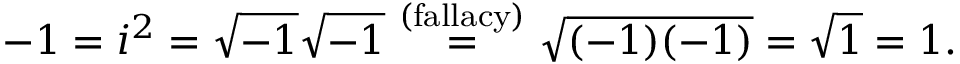
- 1 = i ^ { 2 } = { \sqrt { - 1 } } { \sqrt { - 1 } } { \stackrel { \mathrm { ~ ( f a l l a c y ) ~ } } { = } } { \sqrt { ( - 1 ) ( - 1 ) } } = { \sqrt { 1 } } = 1 .